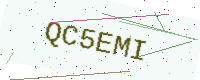
Text: QC5EMI